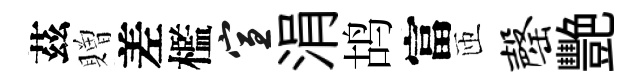
茲贈差檻宣涓鸪富匝罄艷